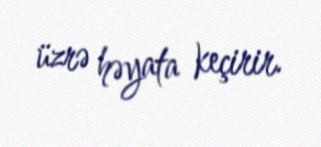
üzrə həyata keçirir.